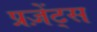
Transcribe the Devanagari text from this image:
प्रज़ेंट्स